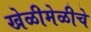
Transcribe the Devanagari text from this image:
खेळीमेळीचे